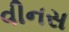
વીનસ